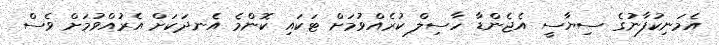
އެމަނިކުފާނުގެ ސިޔާސީ އެޖެންޑާ ހާސިލް ކުރެއްވުމަށް ޓަކައި ކޮންމެ އެނދަކަށް އެރުއްވުމަށް ވެސް